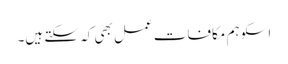
اسکو ہم مکافات عمل بھی کہ سکتے ہیں۔